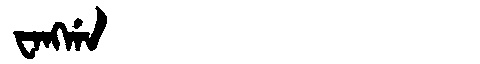
Manchu: ᠸᠠᠩᡤᠠ
Romanization: WANGGA